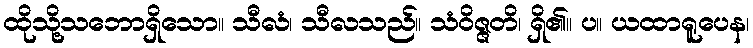
ထိုသို့သဘောရှိသော။ သီလံ၊ သီလသည်။ သံဝိဇ္ဇတိ၊ ရှိ၏။ ပ။ ယထာရူပေန၊